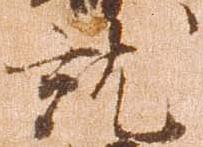
就